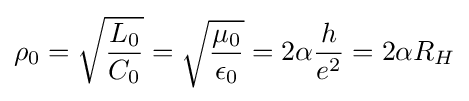
\rho _{0}={\sqrt {\frac {L_{0}}{C_{0}}}}={\sqrt {\frac {\mu _{0}}{\epsilon _{0}}}}=2\alpha {\frac {h}{e^{2}}}=2\alpha R_{H}